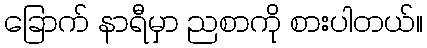
ခြောက် နာရီမှာ ညစာကို စားပါတယ်။